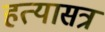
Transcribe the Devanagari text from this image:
हत्यासत्र